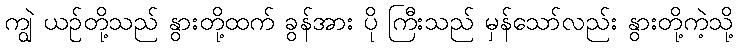
ကျွဲ ယဉ်တို့သည် နွားတို့ထက် ခွန်အား ပို ကြီးသည် မှန်သော်လည်း နွားတို့ကဲ့သို့